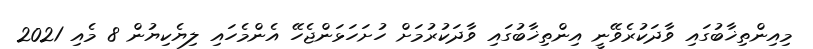
މިއިންތިޚާބުގައި ވާދަކުރެވޭނީ އިންތިޚާބުގައި ވާދަކުރުމަށް ހުށަހަޅަންޖެހޭ އެންމެހައި ލިޔެކިޔުން 8 މެއި 2021